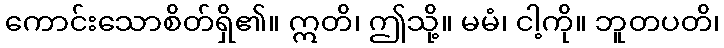
ကောင်းသောစိတ်ရှိ၏။ ဣတိ၊ ဤသို့။ မမံ၊ ငါ့ကို။ ဘူတပတိ၊